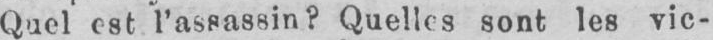
Quel est l’assassin? Quelles sont les vic-